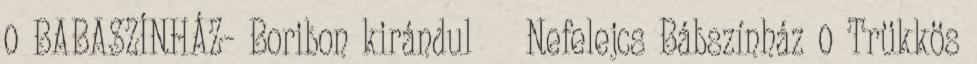
0 BABASZÍNHÁZ- Boribon kirándul Nefelejcs Bábszínház 0 Trükkös